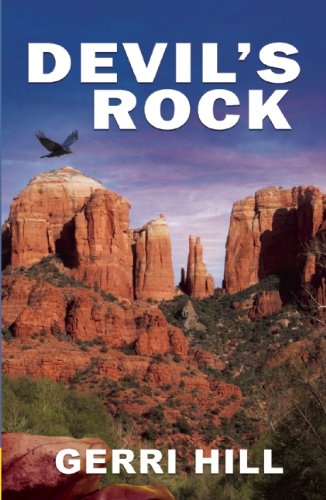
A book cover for Devil's Rock; Gerri Hill; Romance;